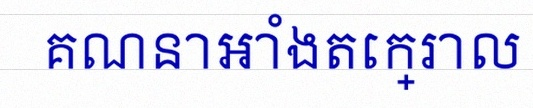
គណនាអាំងតេក្រាល